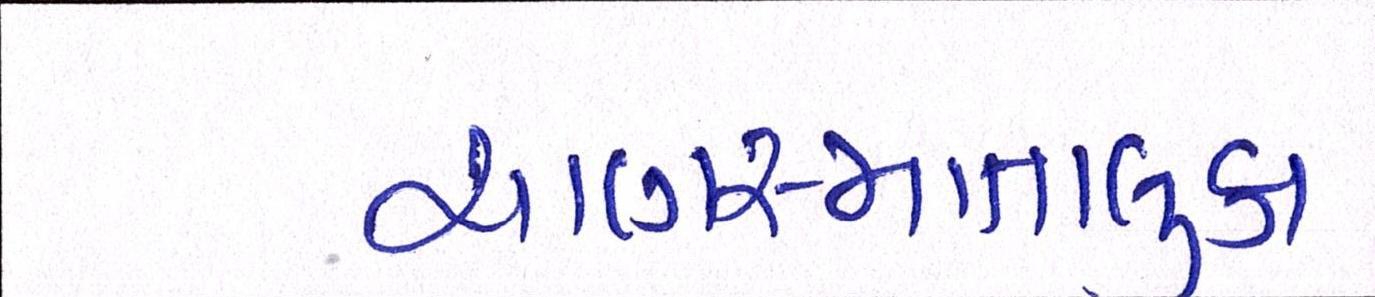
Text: ચાણસ્માતાલુકા